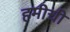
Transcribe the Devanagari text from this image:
हमीची